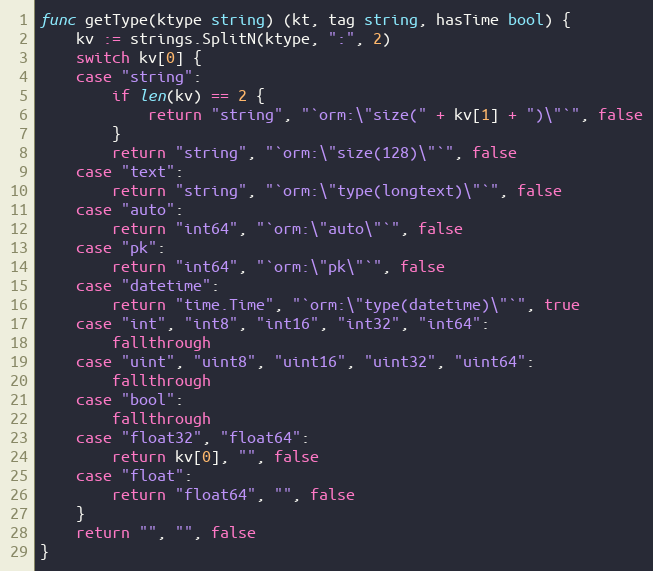
Language: Go
func getType(ktype string) (kt, tag string, hasTime bool) {
	kv := strings.SplitN(ktype, ":", 2)
	switch kv[0] {
	case "string":
		if len(kv) == 2 {
			return "string", "`orm:\"size(" + kv[1] + ")\"`", false
		}
		return "string", "`orm:\"size(128)\"`", false
	case "text":
		return "string", "`orm:\"type(longtext)\"`", false
	case "auto":
		return "int64", "`orm:\"auto\"`", false
	case "pk":
		return "int64", "`orm:\"pk\"`", false
	case "datetime":
		return "time.Time", "`orm:\"type(datetime)\"`", true
	case "int", "int8", "int16", "int32", "int64":
		fallthrough
	case "uint", "uint8", "uint16", "uint32", "uint64":
		fallthrough
	case "bool":
		fallthrough
	case "float32", "float64":
		return kv[0], "", false
	case "float":
		return "float64", "", false
	}
	return "", "", false
}